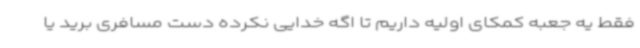
فقط یه جعبه کمکای اولیه داریم تا اگه خدایی نکرده دست مسافری برید یا